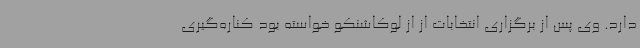
دارد. وی پس از برگزاری انتخابات از از لوکاشنکو خواسته بود کناره‌گیری